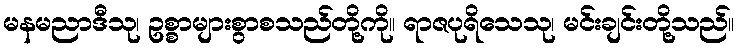
မနမညာဒီသု၊ ဥစ္စာများစွာစသည်တို့ကို။ ရာဇပုရိသေသု၊ မင်းချင်းတို့သည်။